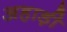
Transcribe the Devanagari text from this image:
अहाड़ी